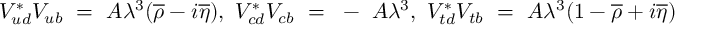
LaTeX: V _ { u d } ^ { \ast } V _ { u b } ~ = ~ A \lambda ^ { 3 } ( \overline { { { \rho } } } - i \overline { { { \eta } } } ) , ~ V _ { c d } ^ { \ast } V _ { c b } ~ = ~ - ~ A \lambda ^ { 3 } , ~ V _ { t d } ^ { \ast } V _ { t b } ~ = ~ A \lambda ^ { 3 } ( 1 - \overline { { { \rho } } } + i \overline { { { \eta } } } )